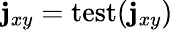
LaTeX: \mathbf{j}_{xy}=\mathop{\mathrm{test}}(\mathbf{j}_{xy})